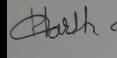
Signature authenticity: forged